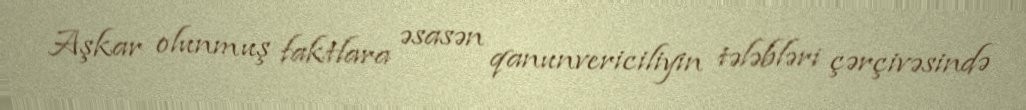
Aşkar olunmuş faktlara əsasən qanunvericiliyin tələbləri çərçivəsində